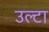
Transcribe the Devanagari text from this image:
उल्‍टा